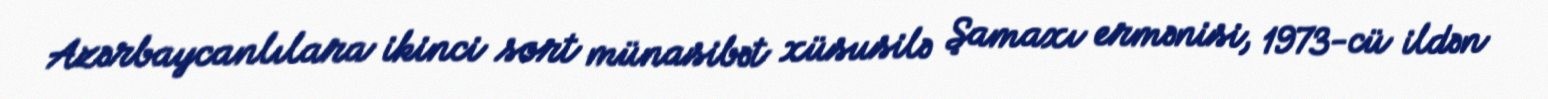
Azərbaycanlılara ikinci sort münasibət xüsusilə Şamaxı ermənisi, 1973-cü ildən